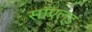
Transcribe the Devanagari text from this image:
सॉएल्ड